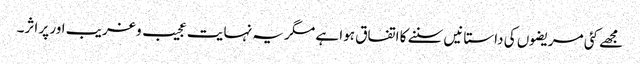
مجھے کئی مریضوں کی داستانیں سننے کا اتفاق ہوا ہے مگر یہ نہایت عجیب و غریب اور پر اثر۔